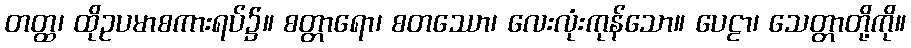
တတ္ထ၊ ထိုဥပမာစကားရပ်၌။ စတ္တာရော၊ စတဿော၊ လေးလုံးကုန်သော။ ပေဠာ၊ သေတ္တာတို့ကို။